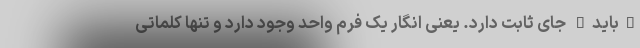
"باید" جای ثابت دارد. یعنی انگار یک فرم واحد وجود دارد و تنها کلماتی